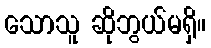
သောသူ ဆိုဘွယ်မရှိ။